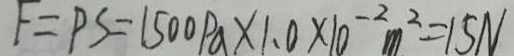
F = P S = 1 5 0 0 P a \times 1 . 0 \times 1 0 ^ { - 2 } m ^ { 2 } = 1 5 N